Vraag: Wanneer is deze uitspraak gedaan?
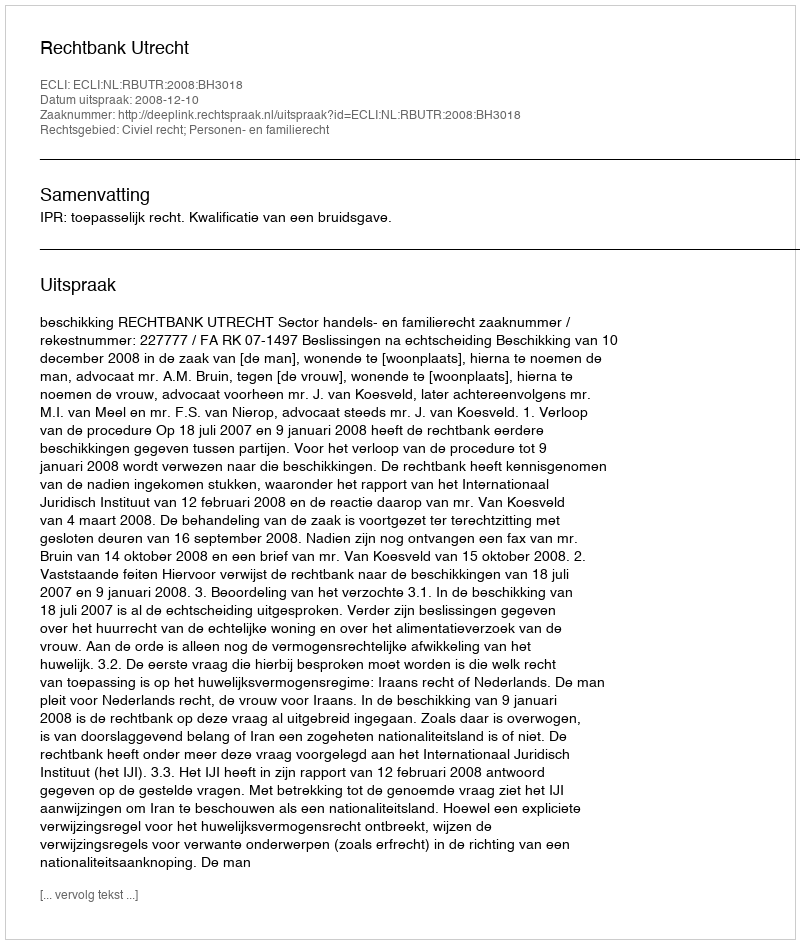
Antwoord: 2008-12-10